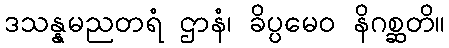
ဒသန္နမညတရံ ဌာနံ၊ ခိပ္ပမေဝ နိဂစ္ဆတိ။